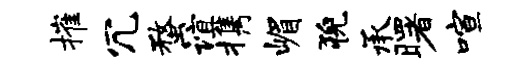
摧冗蝥谊携嵋猊承曙喧